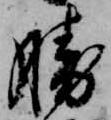
勝